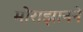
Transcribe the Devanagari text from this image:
मोराझानने